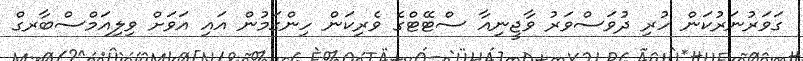
ގަވަރުނަރުކަން ހުރި ދުވަސްވަރު ވާޖީނިއާ ސްޓޭޓްގެ ވެރިކަން ހިންގަމުން އައި އަވަށް ވިލިއަމްސްބާރގް